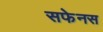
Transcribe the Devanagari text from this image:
सफेनस